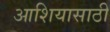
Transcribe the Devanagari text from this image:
आशियासाठी